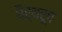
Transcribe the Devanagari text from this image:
धैर्यरूप